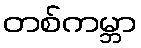
တစ်ကမ္ဘာ